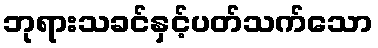
ဘုရားသခင်နှင့်ပတ်သက်သော